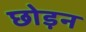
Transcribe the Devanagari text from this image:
छोड़न